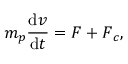
m _ { p } \frac { \mathrm { d } \boldsymbol { v } } { \mathrm { d } t } = \boldsymbol { F } + \boldsymbol { F } _ { c } ,